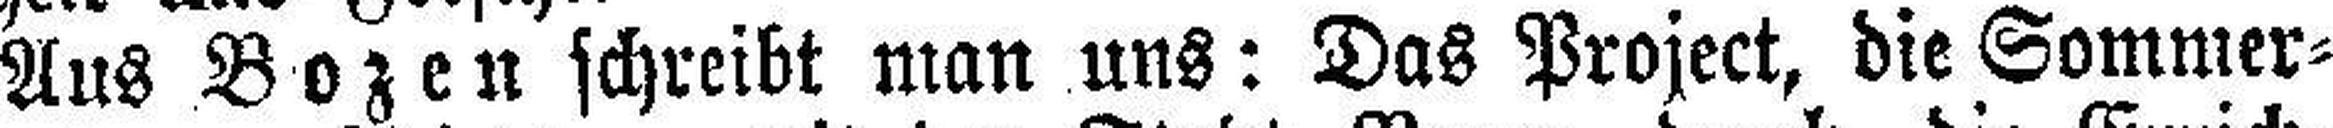
Aus Bozen schreibt man uns: Das Project, die Sommer¬